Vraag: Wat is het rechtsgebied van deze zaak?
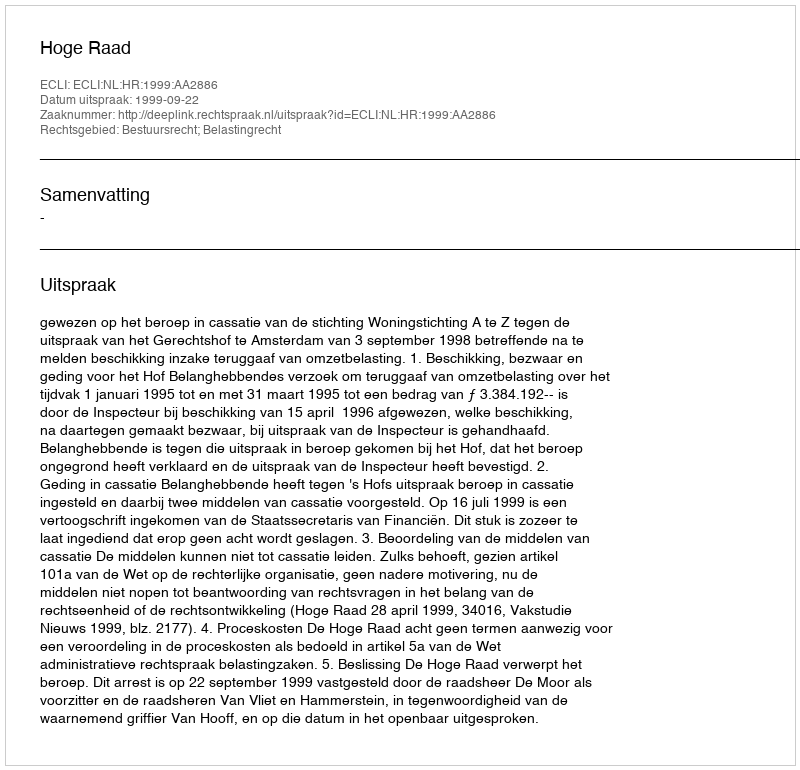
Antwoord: Bestuursrecht; Belastingrecht